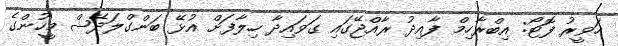
ހަވީރު ފޮޓޯ: އިބްރާހިމް ފާއިދު ރާއްޖޭގައި ގަވައިދާ ހިލާފަށް އުޅޭ ބަންގްލަދޭޝް މީހުންގެ